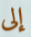
إلى